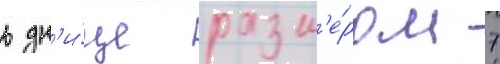
в дн'и́ще разм'е́ром 7